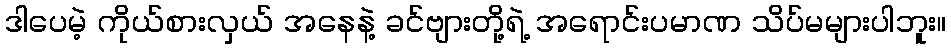
ဒါပေမဲ့ ကိုယ်စားလှယ် အနေနဲ့ ခင်ဗျားတို့ရဲ့ အရောင်းပမာဏ သိပ်မများပါဘူး။